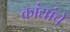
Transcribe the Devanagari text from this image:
कांद्यांचे